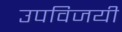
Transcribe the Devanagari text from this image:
उपविजयी